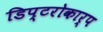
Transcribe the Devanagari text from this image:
डिप्टरोकार्प